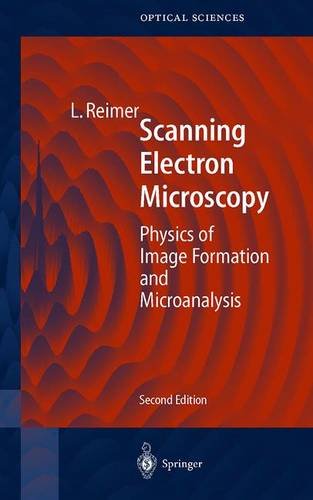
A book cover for Scanning Electron Microscopy: Physics of Image Formation and Microanalysis (Springer Series in Optical Sciences); Ludwig Reimer; Science & Math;